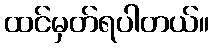
ထင်မှတ်ရပါတယ်။